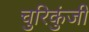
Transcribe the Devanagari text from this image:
चुरिकुंजी